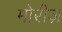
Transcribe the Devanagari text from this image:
मोरीज़